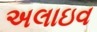
અલાઇવ